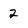
Character: 2